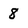
Character: 8